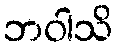
ဘဝါသိ